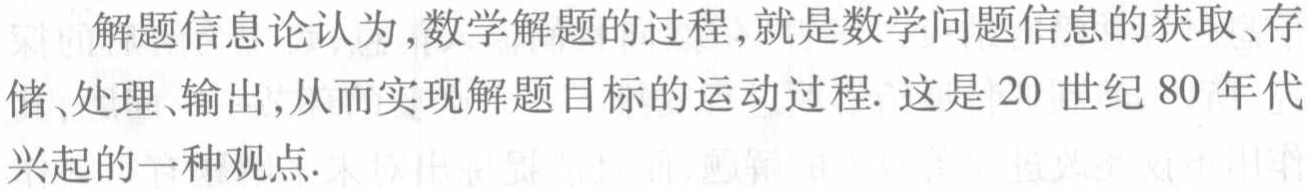
解题信息论认为,数学解题的过程,就是数学问题信息的获取、存储、处理、输出,从而实现解题目标的运动过程. 这是 20 世纪 80 年代兴起的一种观点.